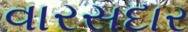
વારસદાર